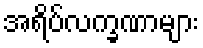
အရိပ်လက္ခဏာများ